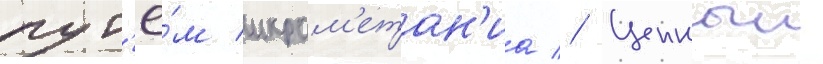
пут'ё́м икром'етан'иа // Ценныи